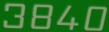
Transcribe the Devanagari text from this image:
३८४०